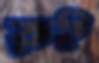
রুহি